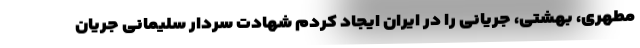
مطهری، بهشتی، جریانی را در ایران ایجاد کردم شهادت سردار سلیمانی جریان